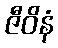
ဇီဝိနံ